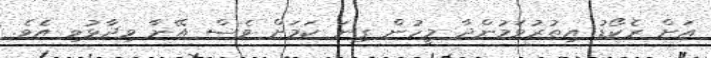
އަށް ރެކޯޑު އިތުރުވަމުންދާ މީހުން ގިނަ ކަމަށް ވެސް އޭނާ ވިދާޅުވި އެވެ.